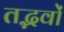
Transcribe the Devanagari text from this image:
तद्भवों